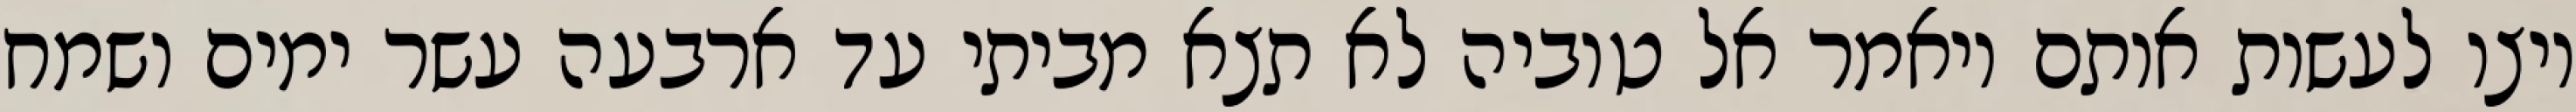
ויצו לעשות אותם ויאמר אל טוביה לא תצא מביתי עד ארבעה עשר ימים ושמח